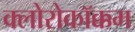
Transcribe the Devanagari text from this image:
क्लोरोकॉक्कम